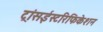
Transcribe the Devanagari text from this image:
ट्रांसईस्टरिफिकेशन